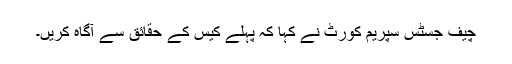
چیف جسٹس سپریم کورٹ نے کہا کہ پہلے کیس کے حقائق سے آگاہ کریں۔